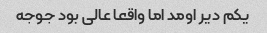
یکم دیر اومد اما واقعا عالی بود جوجه